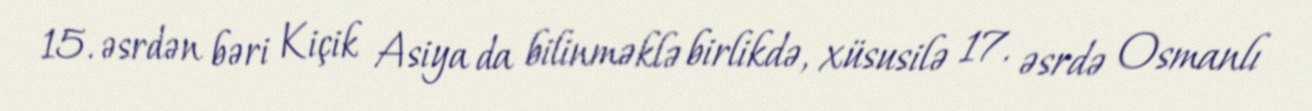
15. əsrdən bəri Kiçik Asiya da bilinməklə birlikdə, xüsusilə 17. əsrdə Osmanlı